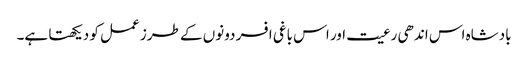
بادشاہ اس اندھی رعیت اور اس باغی افسر دونوں کے طرز عمل کو دیکھتا ہے۔